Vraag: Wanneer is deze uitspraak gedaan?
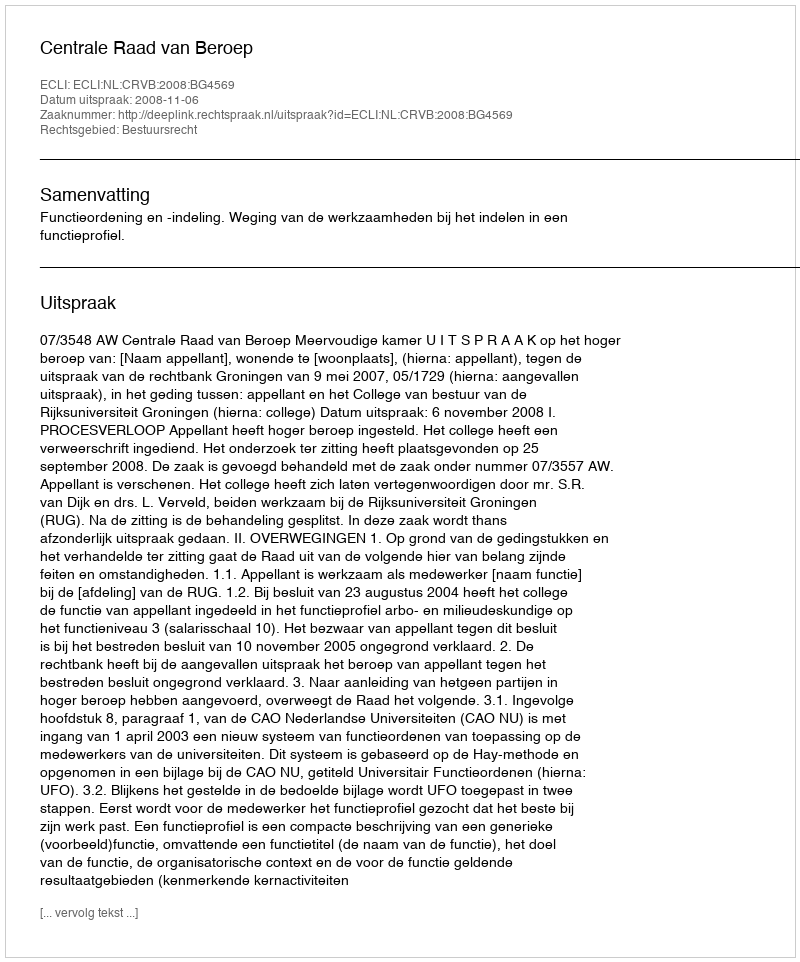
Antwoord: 2008-11-06